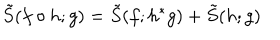
\tilde { S } ( f \circ h ; g ) = \tilde { S } ( f ; h ^ { \ast } g ) + \tilde { S } ( h ; g )